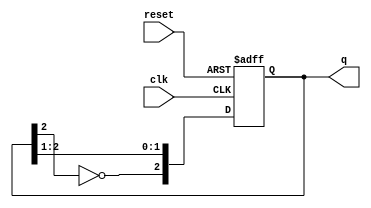
module johnson_counter (
    input wire clk,        // Clock signal
    input wire reset,      // Asynchronous reset
    output reg [2:0] q     // 3-bit output representing the state
);

// State encoding is implicit in the counter logic; no explicit state representation needed.

always @(posedge clk or posedge reset) begin
    if (reset) begin
        // Asynchronous reset to state '000'
        q <= 3'b000;
    end else begin
        // Johnson counter logic
        // Shift right and feed back inverted last flip-flop output to first flip-flop
        q[2] <= ~q[2]; // Invert the last flip-flop (q[2]) and feed it to the first flip-flop (q[0])
        q[1] <= q[2];  // Shift the state
        q[0] <= q[1];  // Shift the state
    end
end

endmodule